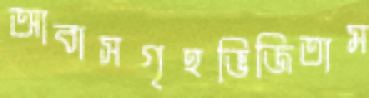
আবাসগৃহভিজিতাম